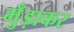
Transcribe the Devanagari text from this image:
मुँड़ाकर